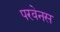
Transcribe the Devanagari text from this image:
परवेनस